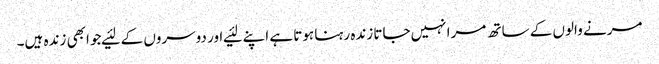
مرنے والوں کے ساتھ مرا نہیں‌جاتا زندہ رہنا ہوتا ہے اپنے لئیے اور دوسروں کے لئیےجو ابھی زندہ ہیں‌۔